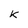
Character: k